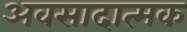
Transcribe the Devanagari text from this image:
अवसादात्मक